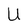
Character: U